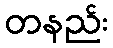
တနည်း